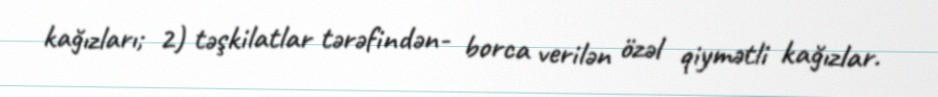
kağızları; 2) təşkilatlar tərəfindən- borca verilən özəl qiymətli kağızlar.